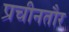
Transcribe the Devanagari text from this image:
प्रचीनतौर